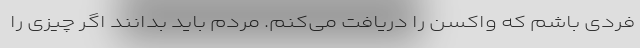
فردی باشم که واکسن را دریافت می‌کنم. مردم باید بدانند اگر چیزی را